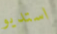
استديو